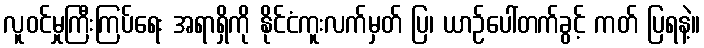
လူဝင်မှုကြီးကြပ်ရေး အရာရှိကို နိုင်ငံကူးလက်မှတ် ပြ၊ ယာဉ်ပေါ်တက်ခွင့် ကတ် ပြရနဲ့။